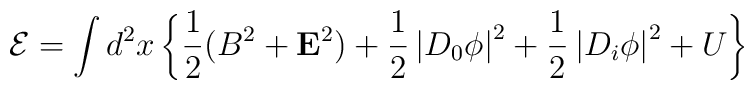
{\cal E}=\int d^2x\left\{ \frac 12(B^2+{\bf E}^2)+\frac 12\left| D_0\phi\right| ^2+\frac 12\left| D_i\phi \right| ^2+U\right\}